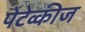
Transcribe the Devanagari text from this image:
पेटेव्कीज